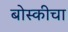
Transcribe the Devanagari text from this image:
बोस्कीचा